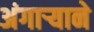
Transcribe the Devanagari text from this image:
अंगाऱ्याने